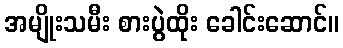
အမျိုးသမီး စားပွဲထိုး ခေါင်းဆောင်။